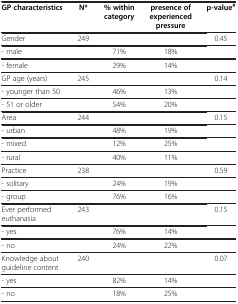
| GP characteristics | N* | % within category | presence of experienced pressure | p-value# |
 | --- | --- | --- | --- | --- |
 | Gender | 249 |  |  | 0.45 |
 | - male |  | 71% | 18% |  |
 | - female |  | 29% | 14% |  |
 | GP age (years) | 245 |  |  | 0.14 |
 | - younger than 50 |  | 46% | 13% |  |
 | - 51 or older |  | 54% | 20% |  |
 | Area | 244 |  |  | 0.15 |
 | - urban |  | 48% | 19% |  |
 | - mixed |  | 12% | 25% |  |
 | - rural |  | 40% | 11% |  |
 | Practice | 238 |  |  | 0.59 |
 | - solitary |  | 24% | 19% |  |
 | - group |  | 76% | 16% |  |
 | Ever performed euthanasia | 243 |  |  | 0.15 |
 | - yes |  | 76% | 14% |  |
 | - no |  | 24% | 22% |  |
 | Knowledge about guideline content | 240 |  |  | 0.07 |
 | - yes |  | 82% | 14% |  |
 | - no |  | 18% | 25% |  |